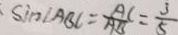
\sin \angle A B C = \frac { A C } { A B } = \frac { 3 } { 5 }